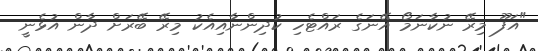
"އަފޫ މިރޭ ނުކާނަމޯ އޭނަގެ ރައްޓެހި ކުދިންނާއިއެކު މިރޭ ބޭރަށް ދާން އުޅެނީ